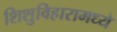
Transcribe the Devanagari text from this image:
शिशुविहारामध्ये